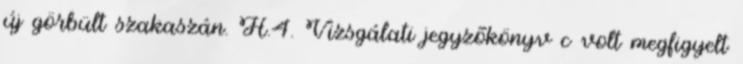
új görbült szakaszán. H.4. Vizsgálati jegyzõkönyv c volt megfigyelt